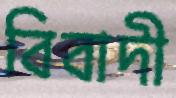
বিবাদী